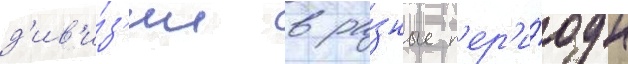
д'ив'и́з'ии в ра́зные п'ер'и́оды